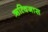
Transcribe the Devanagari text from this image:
ऋत्विजास